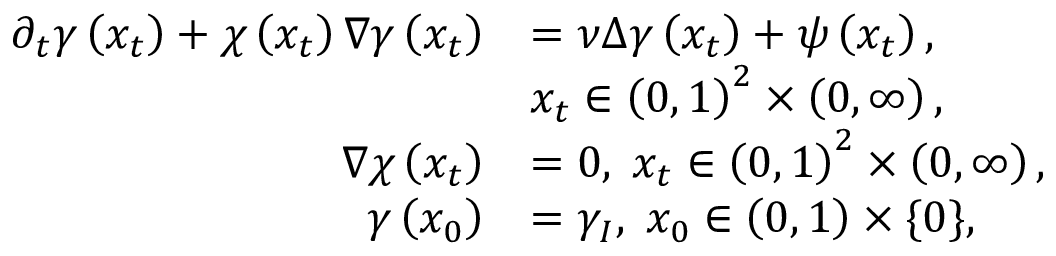
\begin{array} { r l } { \partial _ { t } \gamma \left( x _ { t } \right) + \chi \left( x _ { t } \right) \nabla \gamma \left( x _ { t } \right) } & { = \nu \Delta \gamma \left( x _ { t } \right) + \psi \left( x _ { t } \right) , } \\ & { x _ { t } \in \left( 0 , 1 \right) ^ { 2 } \times \left( 0 , \infty \right) , } \\ { \nabla \chi \left( x _ { t } \right) } & { = 0 , \; x _ { t } \in \left( 0 , 1 \right) ^ { 2 } \times \left( 0 , \infty \right) , } \\ { \gamma \left( x _ { 0 } \right) } & { = \gamma _ { I } , \; x _ { 0 } \in \left( 0 , 1 \right) \times \{ 0 \} , } \end{array}